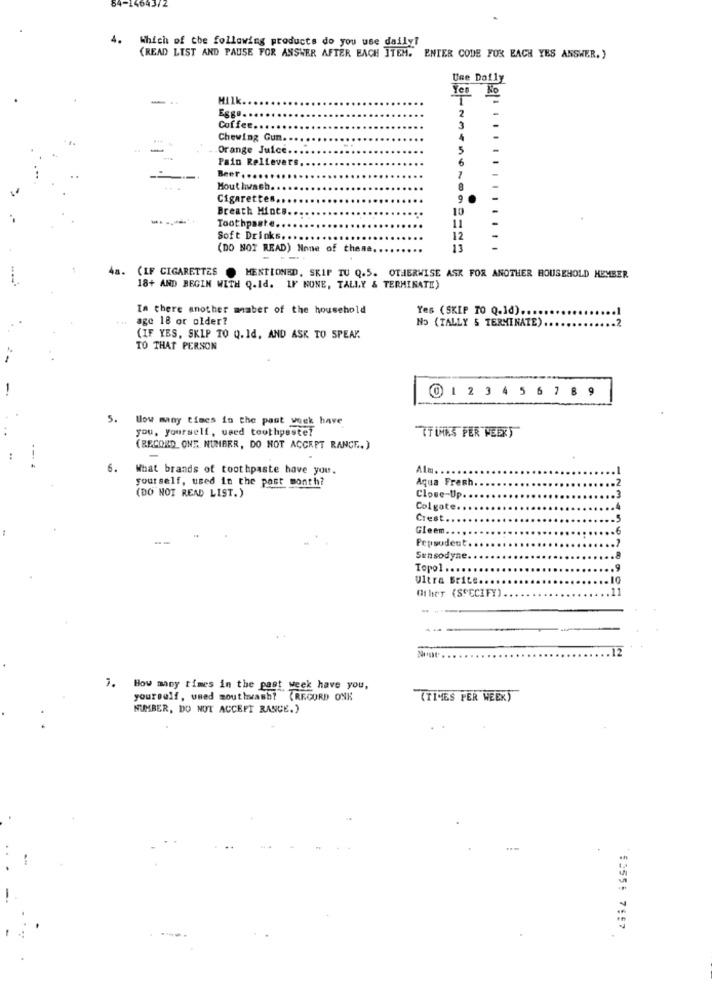
84-1464.
4.
Which of the following products do you use daily!
(READ LIST AND PAUSE FOR ANSWER AFTER EACH ITEM. ENTER CODE FOR EACH YES ANSWER. "
Use Daily
Yes No
-
2
Coffee ...
3
Chewing Gum.
Orange Juice.
5
Pain Relievers
6.
Beer,
7
Mouthwash.
8
Cigarettes,
9
Breath Mince.
10
Toothpaste.
11
Soft Drinks. ....
12
(DO NOT READ) None of thene.
13
---
4s.
CIF CIGARETTES
MENTIONED, SKIP TU Q.5. OTHERWISE ASK FOR ANOTHER HOUSEHOLD KEMBER
18+ AND BEGIN WITH Q.Id. IF NONE, TALLY & TERMINATE)
In there another maber of the household
Yes (SKIP TO Q.1d) ..
age 18 or older?
No (TALLY & TERMINATE).
(IF YES, SKIP TO Q. Id, AND ASK TO SPEAK
TO THAT PERSON
@ 1 23 4 5 6 7 8 9
5.
How many times in the past week have
you, yourself, used toothpaste?
TT IHKS PER WEEK)
(RECORD_ ONT. NUMBER, DO NOT ACCEPT RANCE.)
-
6.
What brands of toothpaste have you.
Alm ..
yourself, used in the past month?
Aqua Frech
(DO NOT READ LIST.)
Close-Up. .
Colgate.
Crest.
Gleem.
.. 6
Pepsudent
Sensodyne
Topol ..
.9
Ultra Brite
Other (SPECIFY)
.11
7. How many times in the past week have you,
yourself, used mouthwash? (RECORD ONK
(TIMES PER WEEK)
NUMBER, DO NOT ACCEPT RANCE.)
5355: 7557